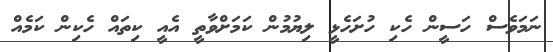
ނަމަވެސް ހަސީން ހެކި ހުށަހެޅީ ލިޔުމުން ކަމަށްވާތީ އެއީ ކިތައް ހެކިން ކަމެއް